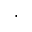
\cdot